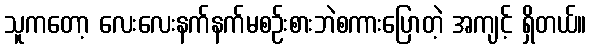
သူကတော့ လေးလေးနက်နက်မစဉ်းစားဘဲစကားပြောတဲ့ အကျင့် ရှိတယ်။